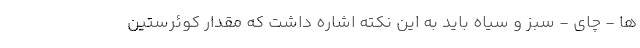
ها - چای - سبز و سیاه باید به این نکته اشاره داشت که مقدار کوئرستین